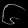
Digit: ၆